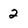
Character: 2